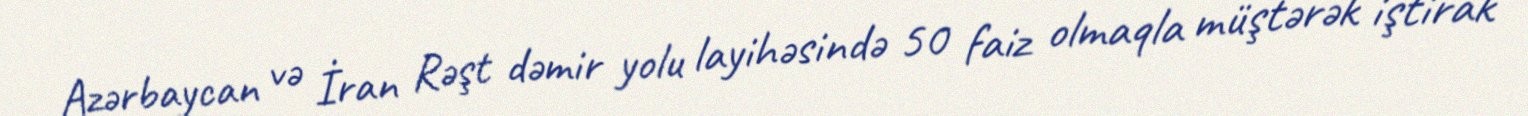
Azərbaycan və İran Rəşt dəmir yolu layihəsində 50 faiz olmaqla müştərək iştirak